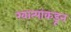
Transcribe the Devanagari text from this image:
खात्यांकडून